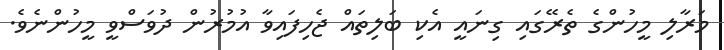
މަރާލި މީހުންގެ ތެރޭގައި ގިނައީ އެކި ބަލިތައް ޖެހިފައިވާ އުމުރުން ދުވަސްވީ މީހުންނެވެ.